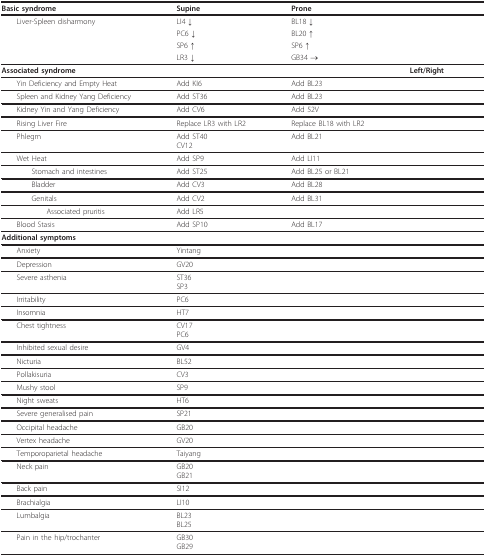
| Basic syndrome | Supine | Prone |  |
 | --- | --- | --- | --- |
 | Liver-Spleen disharmony | LI4 ↓ | BL18 ↓ |  |
 |  | PC6 ↓ | BL20 ↑ |  |
 |  | SP6 ↑ | SP6 ↑ |  |
 |  | LR3 ↓ | GB34 → |  |
 | Associated syndrome |  |  | Left/Right |
 | Yin Deficiency and Empty Heat | Add KI6 | Add BL23 |  |
 | Spleen and Kidney Yang Deficiency | Add ST36 | Add BL23 |  |
 | Kidney Yin and Yang Deficiency | Add CV6 | Add 52V |  |
 | Rising Liver Fire | Replace LR3 with LR2 | Replace BL18 with LR2 |  |
 | Phlegm | Add ST40CV12 | Add BL21 |  |
 | Wet Heat | Add SP9 | Add LI11 |  |
 | Stomach and intestines | Add ST25 | Add BL25 or BL21 |  |
 | Bladder | Add CV3 | Add BL28 |  |
 | Genitals | Add CV2 | Add BL31 |  |
 | Associated pruritis | Add LR5 |  |  |
 | Blood Stasis | Add SP10 | Add BL17 |  |
 | Additional symptoms |  |  |  |
 | Anxiety | Yintang |  |  |
 | Depression | GV20 |  |  |
 | Severe asthenia | ST36SP3 |  |  |
 | Irritability | PC6 |  |  |
 | Insomnia | HT7 |  |  |
 | Chest tightness | CV17PC6 |  |  |
 | Inhibited sexual desire | GV4 |  |  |
 | Nicturia | BL52 |  |  |
 | Pollakisuria | CV3 |  |  |
 | Mushy stool | SP9 |  |  |
 | Night sweats | HT6 |  |  |
 | Severe generalised pain | SP21 |  |  |
 | Occipital headache | GB20 |  |  |
 | Vertex headache | GV20 |  |  |
 | Temporoparietal headache | Taiyang |  |  |
 | Neck pain | GB20GB21 |  |  |
 | Back pain | SI12 |  |  |
 | Brachialgia | LI10 |  |  |
 | Lumbalgia | BL23BL25 |  |  |
 | Pain in the hip/trochanter | GB30GB29 |  |  |